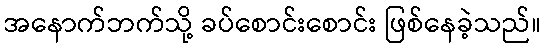
အနောက်ဘက်သို့ ခပ်စောင်းစောင်း ဖြစ်နေခဲ့သည်။